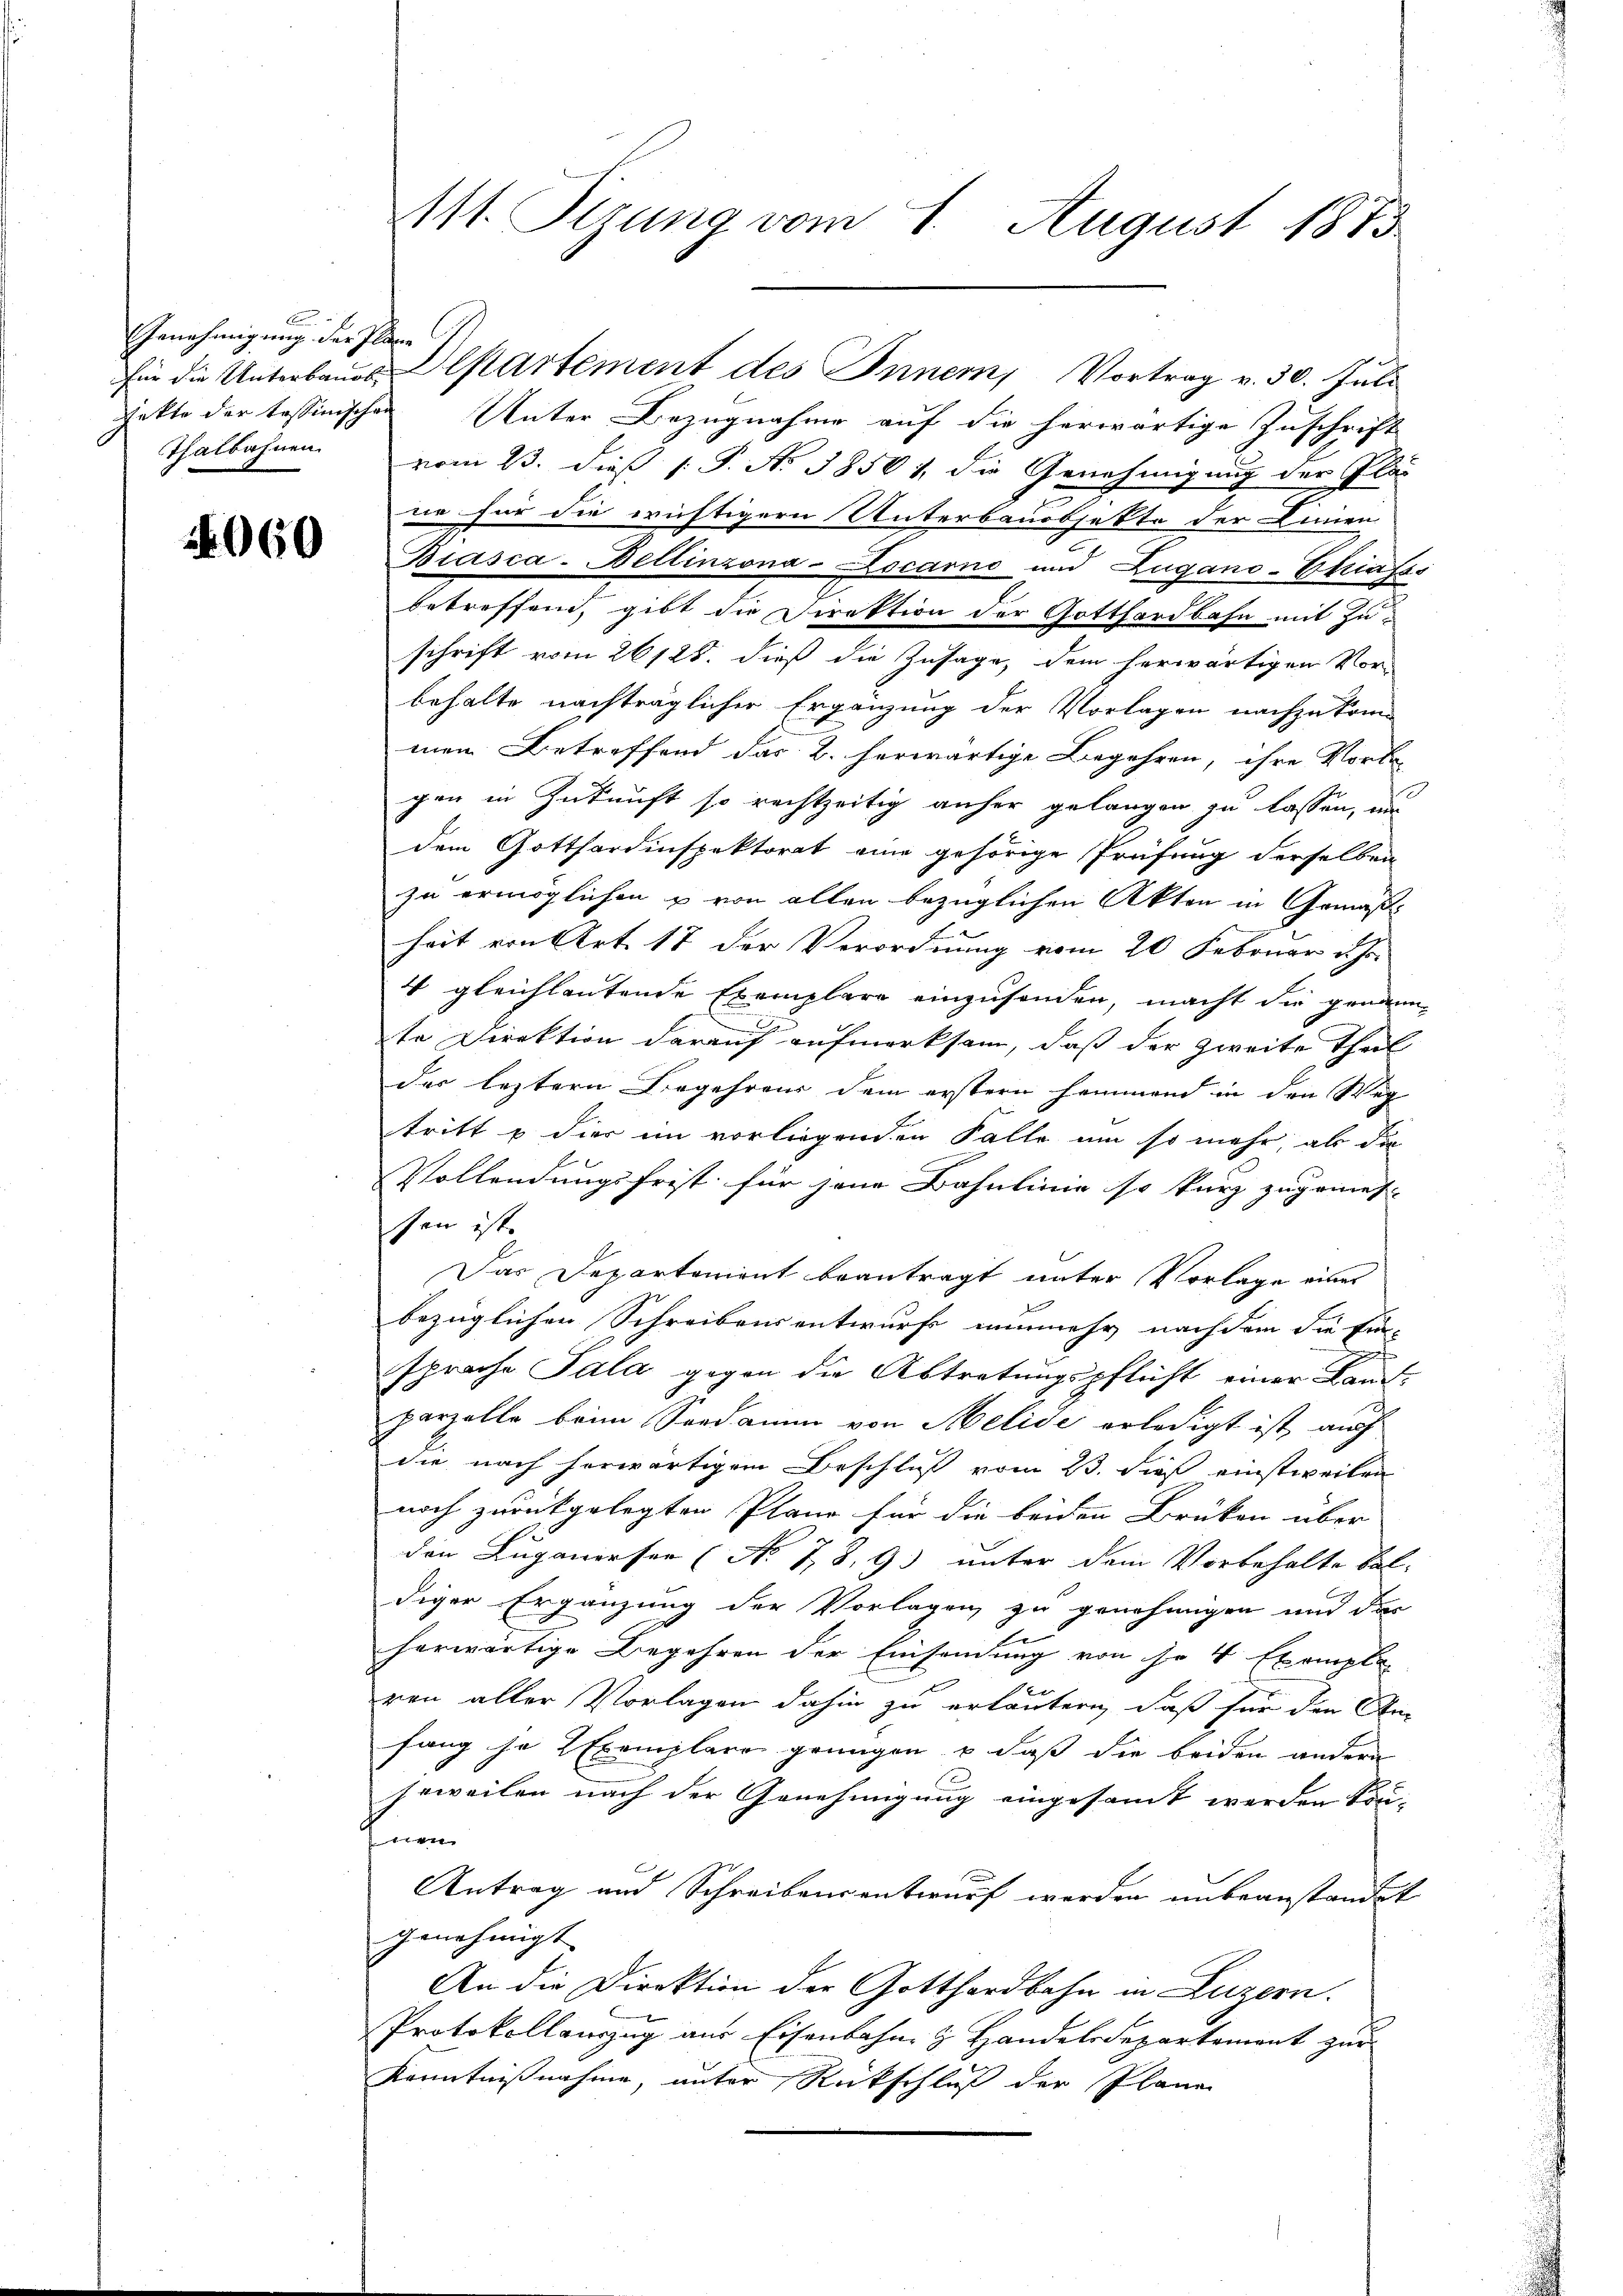
Genehmigung der Pläne

060

jekte der tessinischen Unter Bezugnahme auf die herwärtige Zuschrift
Thalbahnen vom 23. dieß P. Nr. 38501, die Genehmigung der Pläne für die erichtigern Unterbauobjekte der Linien-
Biasca-Bellinzona-Locarno und Zugano-Ehafss
betreffend, gibt die Direktion der Gotthardbahn mit Zuschrift vom 26125. dieß die Zusage, dem herwärtigen Vor-
behalte nachträglicher Ergänzung der Vorlagen nachzukommen Betreffend das 2. herwärtige Begehren, ihre Vorte
gen in Zukunft so rechtzeitig anher gelangen zu lassen, un
dem Gotthardinspektorat eine gehörige Prüfung derselben
zu ermöglichen u von allen bezüglichen Akten in Gemäßheit von Art. 17 der Verordnung vom 20 Februar d. Js.
4 gleichlautende Exemplare einzusenden, macht die genannte Direktion darauf aufmerksam, daß der zweite Theil
der leztern Begehrens dem erstern Hammend in den Weg
tritt & dies im vorliegenden Falle um so mehr, als die
Vollendungsfrist für jene Bahnlinie so kurz zugemes- |
sen ist
Das Departenient beantragt unter Vorlage eines
bezüglichen Schreibensentwurf nunmehr nach dem die Ein-
sprache Pala gegen die Abtretungspflicht einer Land-
parzelle beim Sandamme von Melide erledigt ist, auch
die nach herwärtigem Beschluß vom 23. dieß einstweilen
noch zurückgelegten Plan für die beiden Brüken über
den Luganerser (No 78. 9) unter dem Vorbehalte bal-
diger Ergänzung der Vorlagen zu genehmigen und das
herwärtige Begehren der Einsendung von so 4 Exempla
ren aller Vorlagen dahin zu erläutern, daß für den An
fang je 2 Exemplare genügen, u daß die beiden andere
jeweilen nach der Genehmigung eingesammt werden kön-
fnen
Antrag und Schreibensentwurf werden unbeanstandet
genehmigt. |
An die Direktion der Gotthardbahn in Luzern.
Protokollauszug aus Eisenbahn & Handelsdepartement zur
Kenntnißnahme, unter Rückschluß der Plane

111. Sizung vom 1. August 1873

für die Unterbaŭes Departement des Innern, Vortrag v. 30. Jŭli